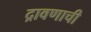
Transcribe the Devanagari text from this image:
द्रावणाची